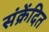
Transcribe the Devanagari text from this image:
संक्रेंदित